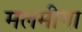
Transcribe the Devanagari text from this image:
मलमीगा